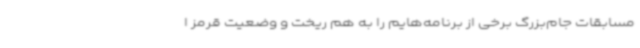
مسابقات جام‌بزرگ برخی از برنامه‌هایم را به هم ریخت و وضعیت قرمز ا